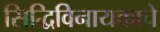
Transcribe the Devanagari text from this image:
सिद्धिविनायकाचे